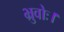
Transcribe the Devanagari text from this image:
भ्रुवोः।